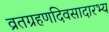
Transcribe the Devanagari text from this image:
व्रतग्रहणदिवसादारभ्य